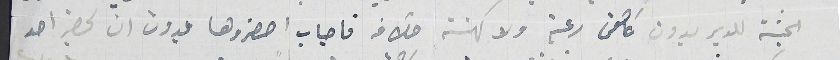
الجثة للدير بدون كاهن رعية ولا كهنة خلافه فاجاب احضروها بدون ان يحضر احد